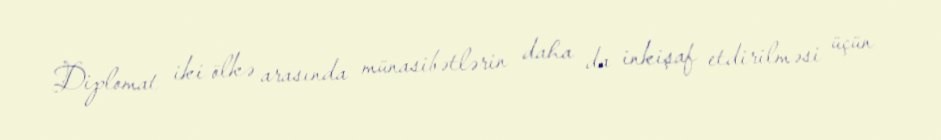
Diplomat iki ölkə arasında münasibətlərin daha da inkişaf etdirilməsi üçün